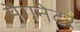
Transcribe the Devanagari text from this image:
मैगनेटर